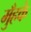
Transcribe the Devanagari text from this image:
मुँहके